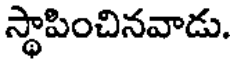
స్థాపించినవాడు.